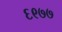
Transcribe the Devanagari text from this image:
६९७७